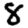
Digit: 8